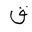
Letter: _qaf